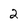
Character: 2